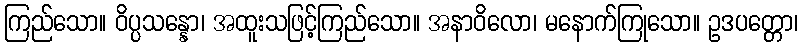
ကြည်သော။ ဝိပ္ပသန္နော၊ အထူးသဖြင့်ကြည်သော။ အနာဝိလော၊ မနောက်ကြုသော။ ဥဒပတ္တော၊